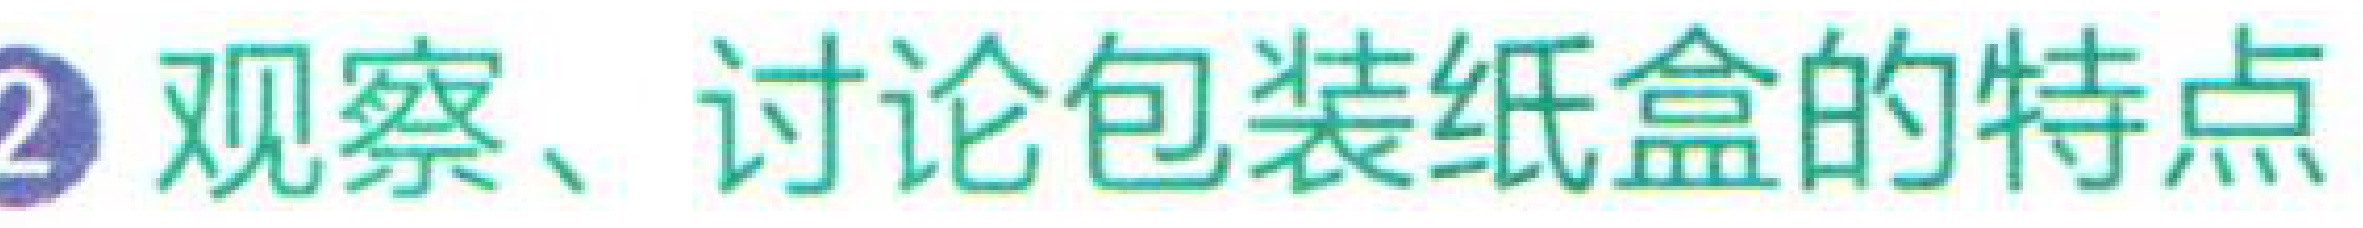
\textcircled{2} 观察、讨论包装纸盒的特点